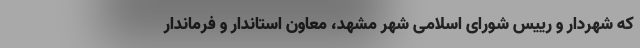
که شهردار و رییس شورای اسلامی شهر مشهد، معاون استاندار و فرماندار